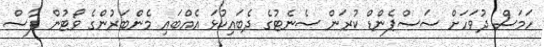
ހަމަސް ދުވަހަށް ސަސްޕެންޑް ކުރަން ސެނެޓުގެ ދެބައިކުޅަ އެއްބައި މެންބަރުންގެ ވޯޓުން ފާސް